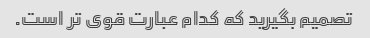
تصمیم بگیرید که کدام عبارت قوی تر است.